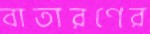
বাতারণের